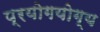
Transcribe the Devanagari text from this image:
प्रयोगयोग्य